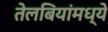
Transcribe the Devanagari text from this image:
तेलबियांमध्ये